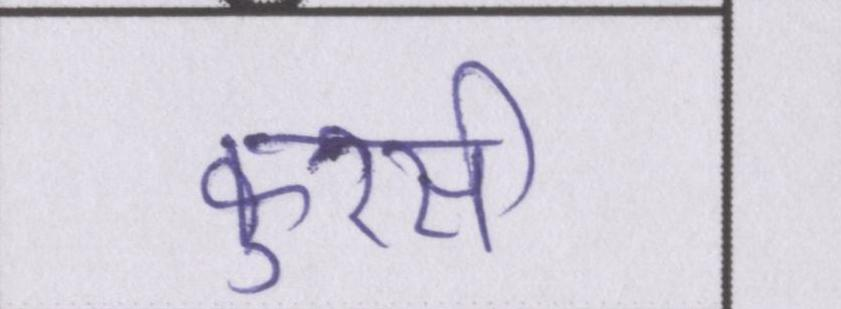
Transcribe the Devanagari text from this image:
कुरसी